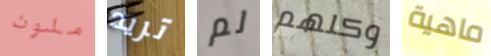
ملون تريد لم وكلهم ماهية